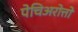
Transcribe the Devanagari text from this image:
पेचिअरोत्तो